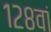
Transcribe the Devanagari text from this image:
१२८वां